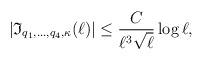
LaTeX: \begin{align*}|\mathfrak{I}_{q_1,\ldots, q_4, \kappa}(\ell)|\leq \frac{C}{\ell^3 \sqrt{\ell}}\log \ell,\end{align*}